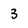
Character: 3